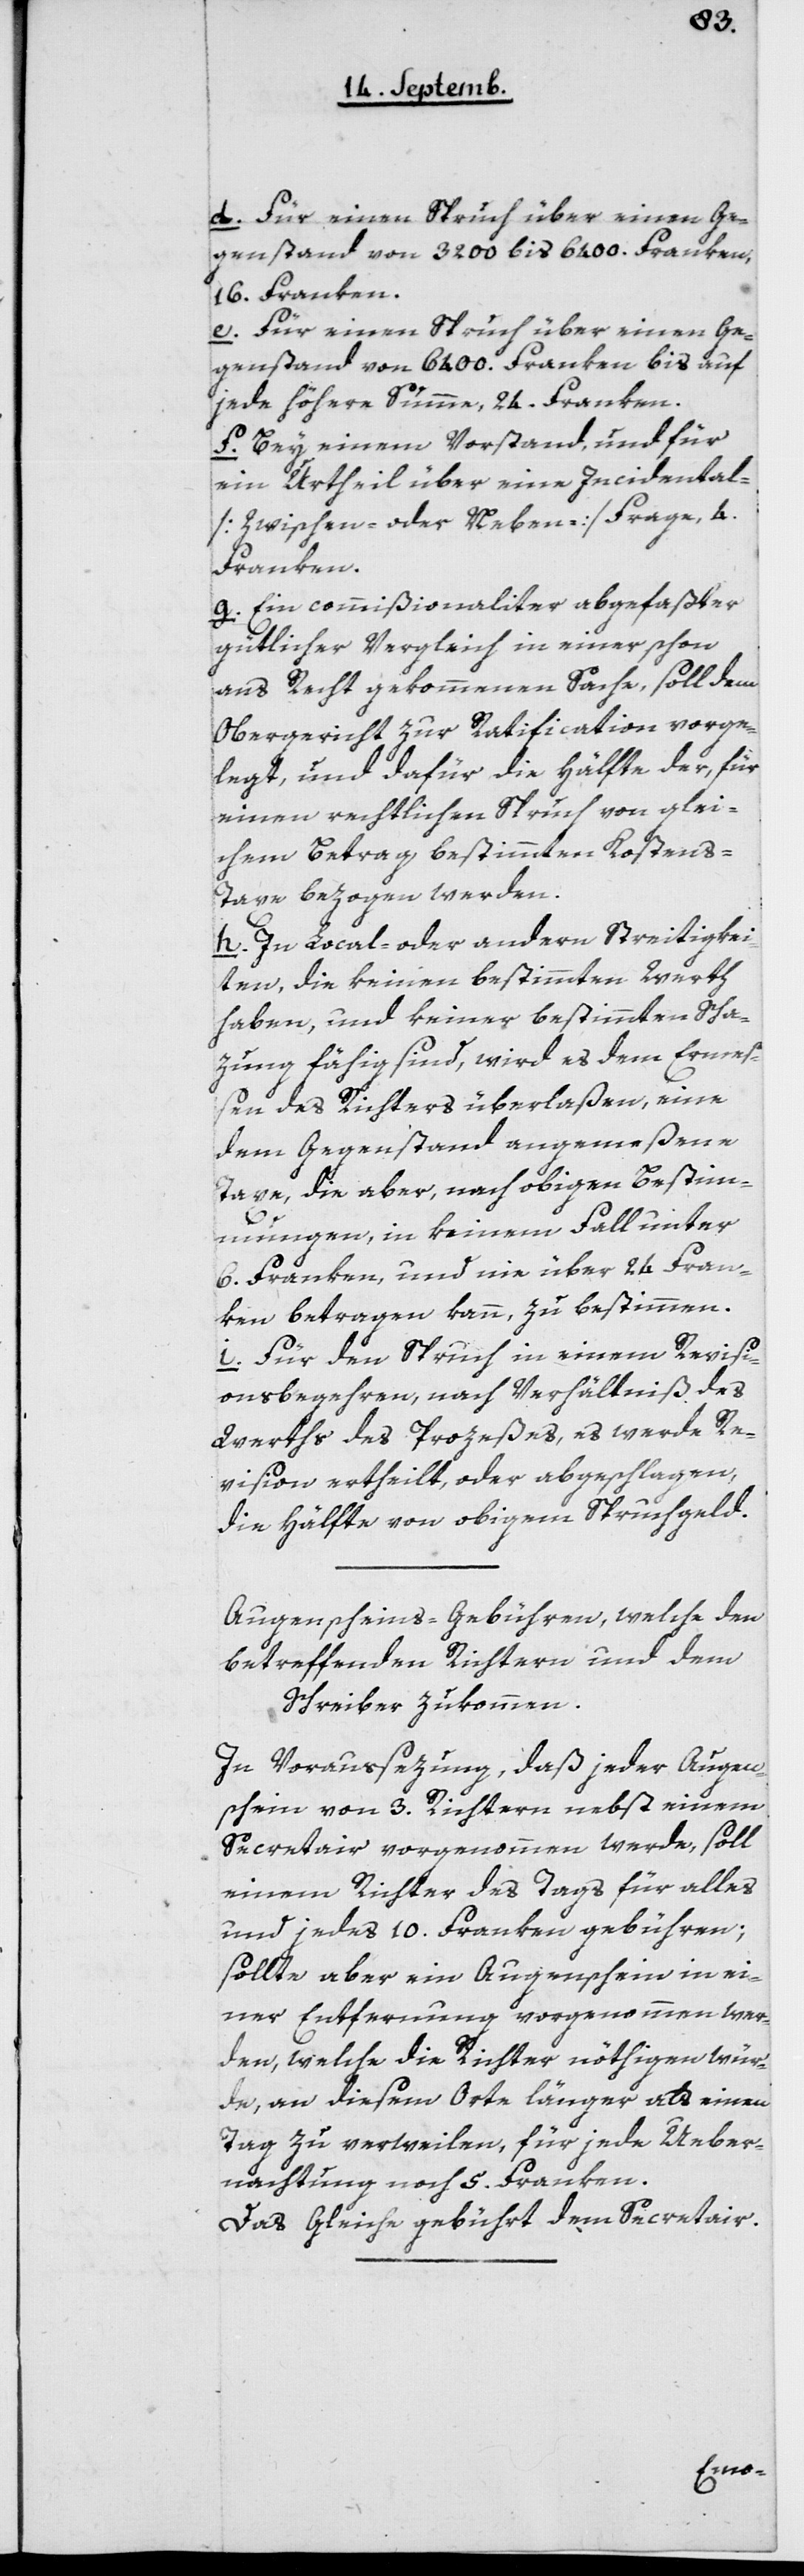
d. Für einen Spruch über einen Ge¬
genstand von 3200 bis 6400 Franken,
16 Franken.
e. Für einen Spruch über einen Ge¬
genstand von 6400 Franken bis auf
jede höhere Summe, 24 Franken.
f. Bey einem Vorstand, und für
ein Urtheil über eine Incidental-
[Zwischen- oder Neben-] Frage, 4
Franken.
g. Ein Commißionaliter abgefaßter
gütlicher Vergleich in einer schon
aus Recht gekommenen Sache, soll dem
Obergericht zur Ratification vorge¬
legt, und dafür die Hälfte der für
einen rechtlichen Spruch von glei¬
chem Betrag bestimmten Kosten¬
s-Taxe bezogen werden.
h. In Local- oder andern Streitigkei¬
ten, die keinen bestimmten Werth
haben und keiner bestimmten Scha¬
zung fähig sind, wird es dem Ermeß¬
en des Richters überlaßen, eine
dem Gegenstand angemeßene
Taxe, die aber, nach obigen Bestim¬
mungen, in keinem Fall unter
6 Franken, und nie über 24 Fran¬
ken betragen kann, zu bestimmen.
i. Für den Spruch in einem Revisi¬
onsbegehren, nach Verhältniß des
Werths des Prozeßes, es werde Re¬
vision ertheilt oder abgeschlagen,
die Hälfte von obigem Spruchgeld.
Augenscheins-Gebühren, welche den
betreffenden Richtern und dem
Schreiber zukommen.
In Voraussezung, daß jeder Augen¬
schein von 3 Richtern nebst einem
Secretair vorgenommen werde, soll
einem Richter des Tags für alles
und jedes 10 Franken gebühren;
sollte aber ein Augenschein in ei¬
ner Entfernung vorgenommen wer¬
den, welche die Richter nöthigen wür¬
de, an diesem Orte länger als einen
Tag zu verweilen, für jede Über¬
nachtung noch 5 Franken.
Das Gleiche gebührt dem Sectretair.